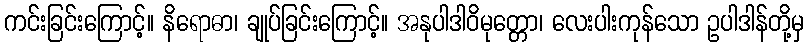
ကင်းခြင်းကြောင့်။ နိရောဓာ၊ ချုပ်ခြင်းကြောင့်။ အနုပါဒါဝိမုတ္တော၊ လေးပါးကုန်သော ဥပါဒါန်တို့မှ